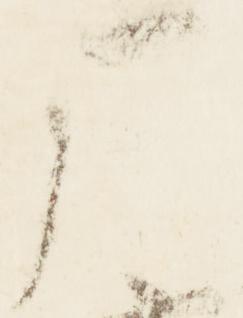
暦